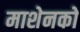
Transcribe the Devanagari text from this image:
माशेनको